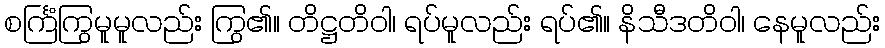
စင်္ကြံကြွမူမူလည်း ကြွ၏။ တိဋ္ဌတိဝါ၊ ရပ်မူလည်း ရပ်၏။ နိသီဒတိဝါ၊ နေမူလည်း